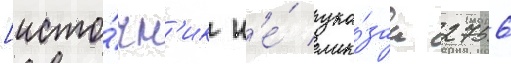
[исто́чн'ик н'е́ ука́зан 2756